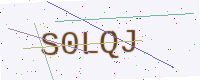
Text: S0LQJ